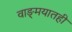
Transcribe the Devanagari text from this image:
वाङ्‌मयातही